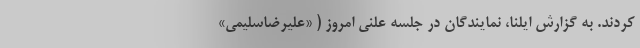
کردند. به گزارش ایلنا، نمایندگان در جلسه علنی امروز ( «علیرضاسلیمی»